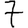
Digit: 7